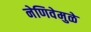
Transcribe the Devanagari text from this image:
नेणिवेमुळे